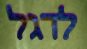
לדגל